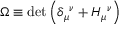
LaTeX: { \Omega } \equiv \operatorname * { d e t } { \left( \delta _ { \mu } { } ^ { \nu } + { \cal H } _ { \mu } { } ^ { \nu } \right) }